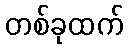
တစ်ခုထက်